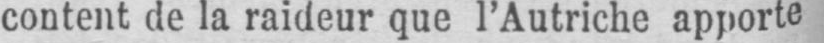
content de la raideur que l’Autriche apporte